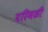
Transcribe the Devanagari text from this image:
परिमळी